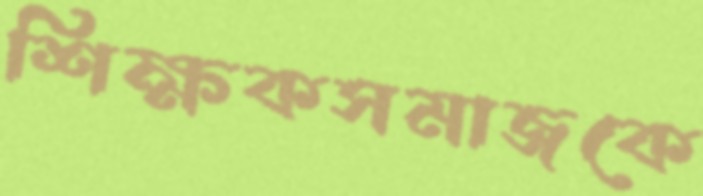
শিক্ষকসমাজকে